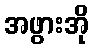
အဖွားအို